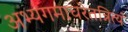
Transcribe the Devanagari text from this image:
अभ्यंगमाचरेतन्नित्यं